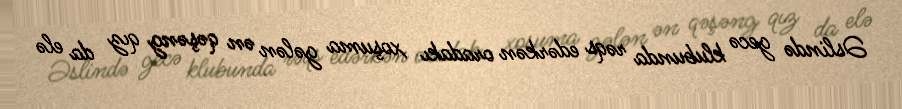
Əslində gecə klubunda rəqs edərkən oradakı xoşuma gələn ən qəşəng qız da elə